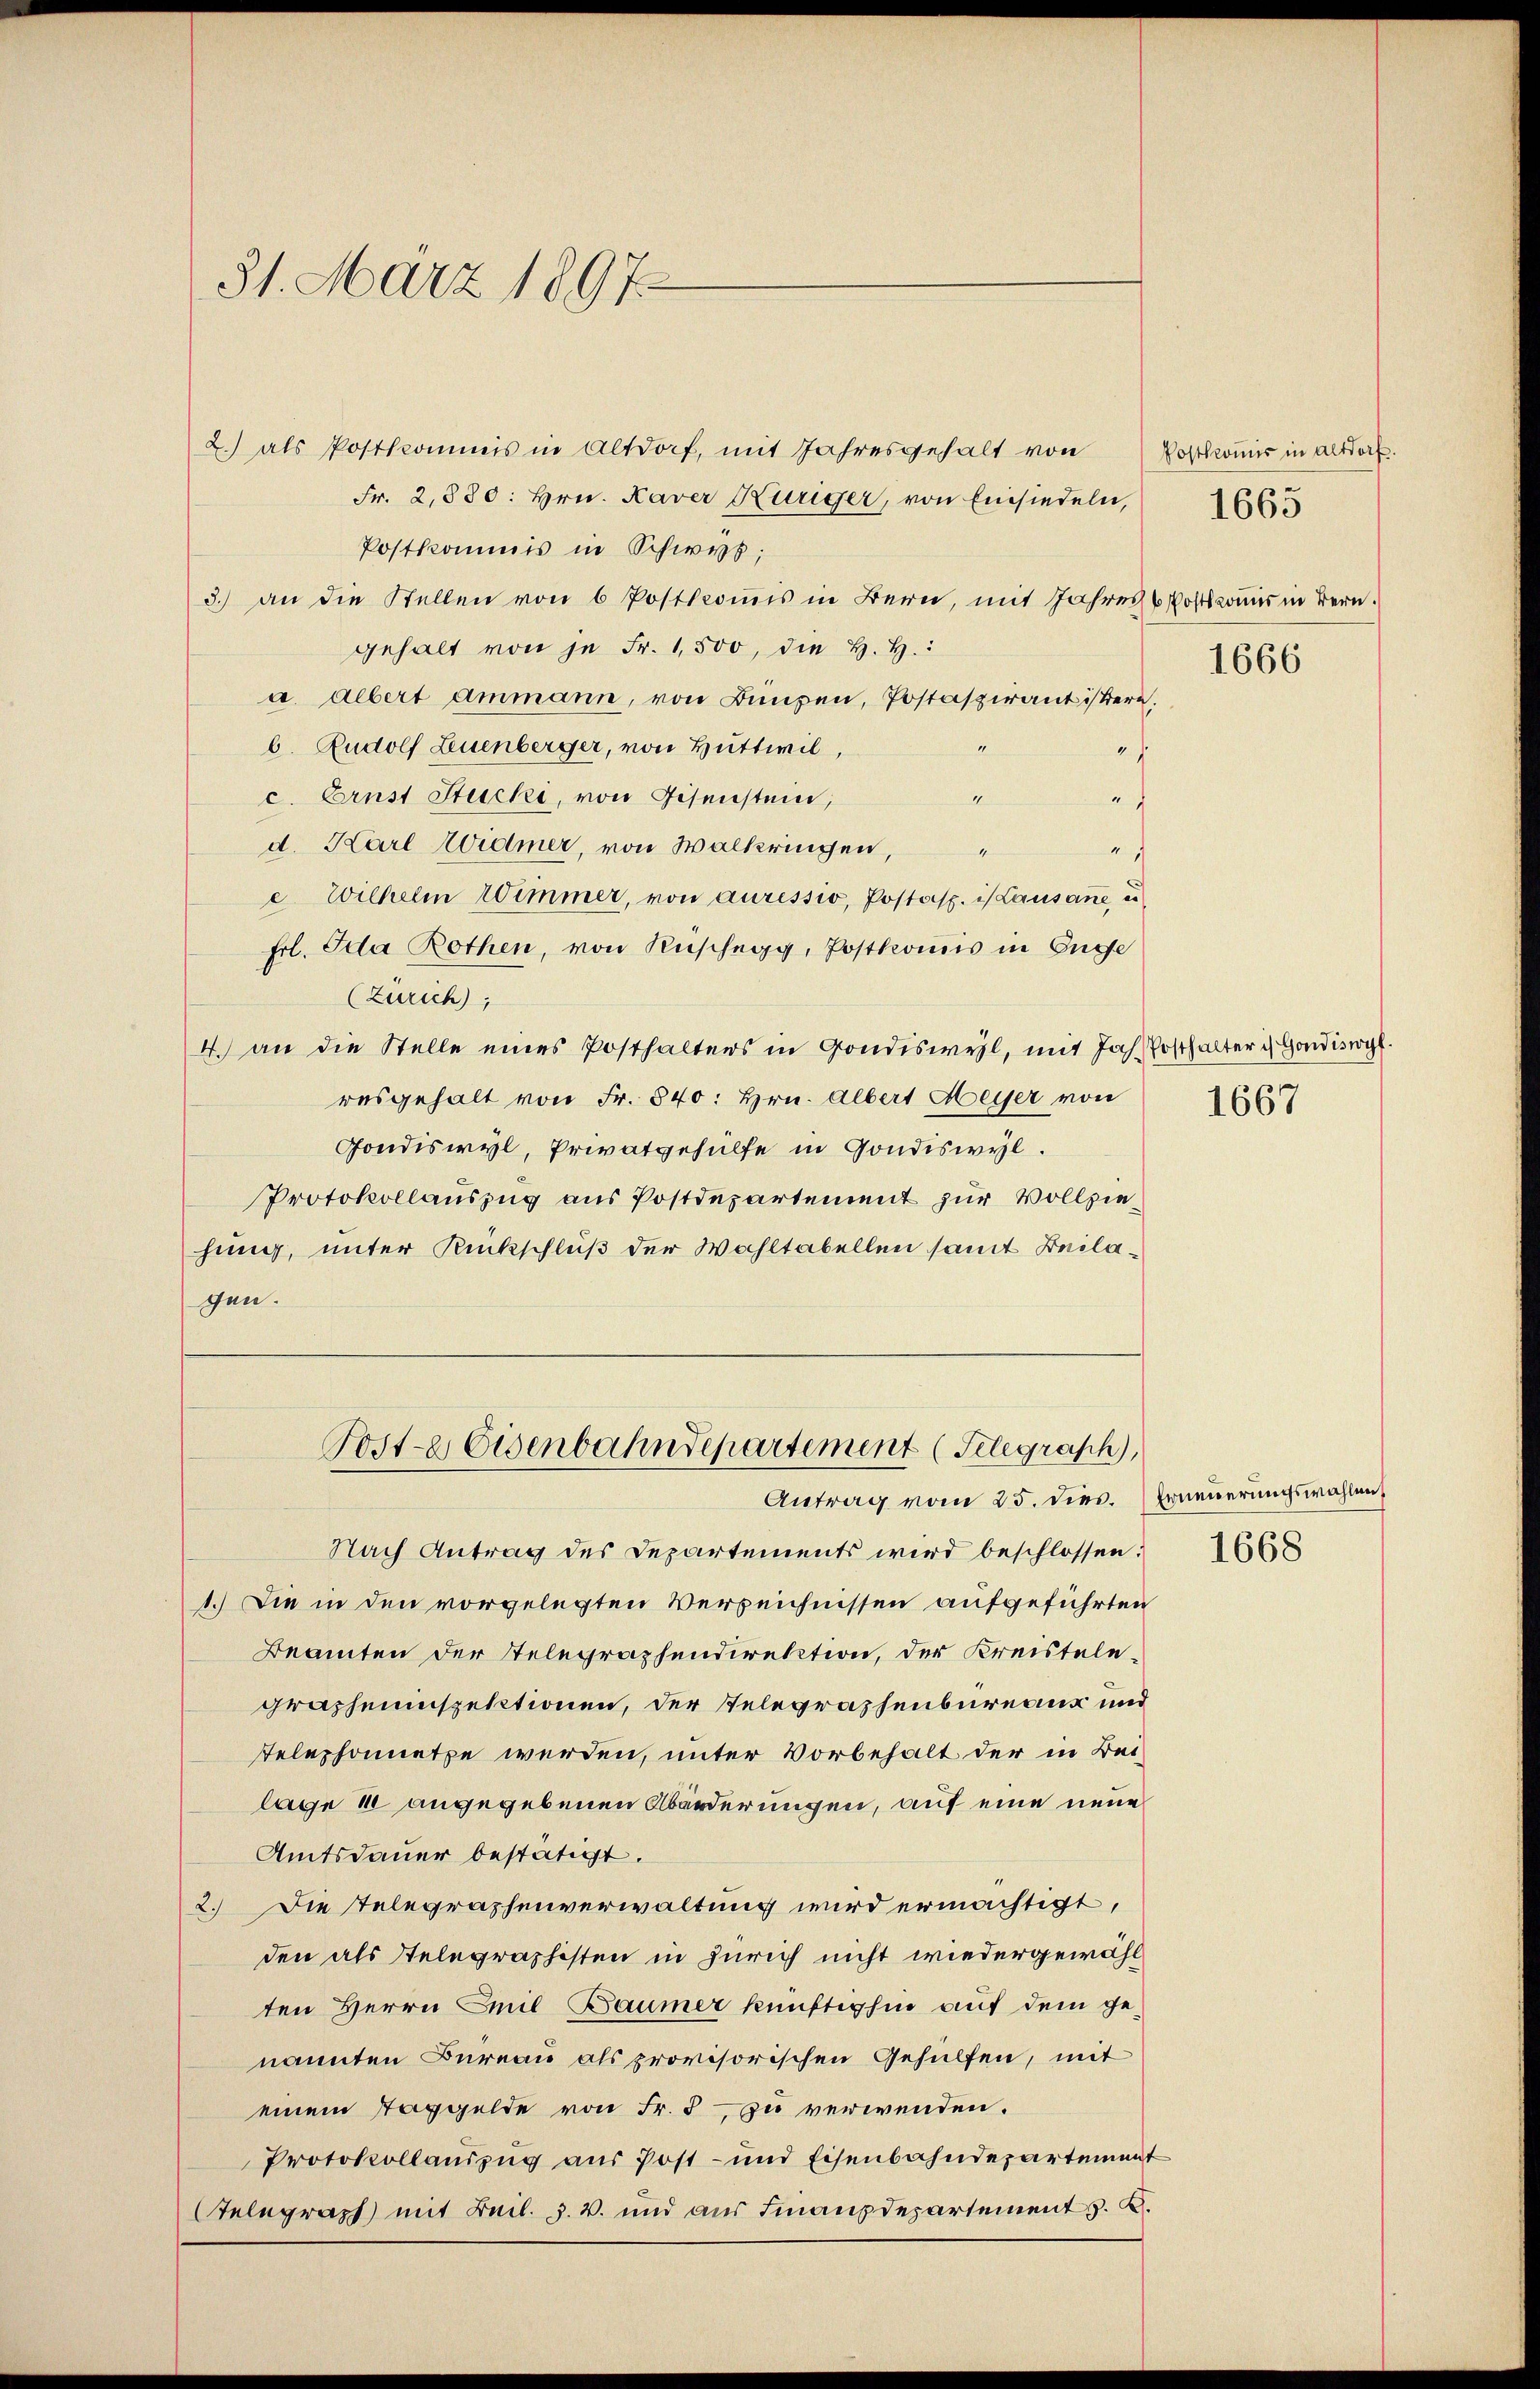
31. März 1897

2.) als Postkommis in Altdorf, mit Jahresgehalt von
Fr. 2,880: Hrn. Kaver Küriger, von Einsiedeln,
Postkommis in Schwyz;
3.) an die Stellen von 6 Postkommis in Bern, mit Jahren Postkomis in Bern.
gehalt von je Fr. 1,500, die H. H.
a. Albert ammann, von Bungen, Postaspirantistern.
b. Rudolf Leuenberger, von Huttweil,
f
c. Ernst Stucki, von Eisenstein,
1
f
d. Karl Widmer, von Walkringen,
muthen
4
e Wilhelm Wimmer, von auressio, Postasp. is Lausanne, un
Frl. Ida Rothen, von Rüschegg, Postkomis in Enge
(Zürich),
4. an die Stelle eines Posthalters in Gondisweil, mit Jah Posthalter ich Gondiswyl
resgehalt von Fr. 840: Hrn. Albert Meyer von
Gondiswyl, Privatgehülfe in Gondiswyl.
Protokollauszug aus Postdepartement zur Vollziehung, unter Rückschluß der Wahltabellen samt Beilagen.
Poste Eisenbahndepartement (Telegraph,
Antrag vom 25. dies. Erneuerungswahlen
Nach Antrag des Departements wird beschlossen:
1.) Die in den vorgelegten Verzeichnissen aufgeführten
Beamten der Telegraphendirektion, der Kreistelegrapheninspektionen, der Telegraphenbureaus und
Telephonnetze werden, unter Vorbehalt der in Bei-
lage in angegebenen Aborderungen, auf eine neue
Amtsdauer bestätigt.
2.) Die Telegraphenverwaltung wird ermächtigt,
den als Telegraphisten in Zürich nicht wiedergewählten Herrn Emil Baumer künftighin auf dem genannten Bureau als provisorischen Gehülfen, mit
einem Taggelde von Fr. 3 zu verwenden.
Protokollauszug aus Post- und Eisenbahndepartement
Telegraph mit Beil. J. V. und aus Finanzdepartement z. K.

Postkommis in Altdorf

1665

1666

1667

1668